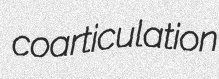
coarticulation